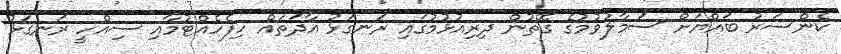
ކެންސަރު ބައްޔަށް ސަމާލުވުމުގެ ގޮތުން ދިރިއުޅުމުގައި ރަނގަޅު އާދަތައް ހިފެހެއްޓުމާއި ސިއްހީ ރަނގަޅު